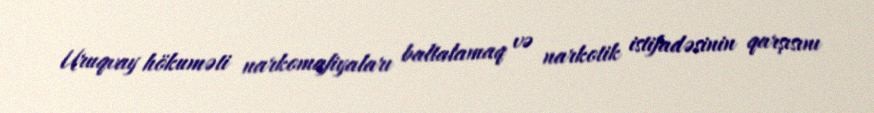
Uruqvay hökuməti narkomafiyaları baltalamaq və narkotik istifadəsinin qarşısını